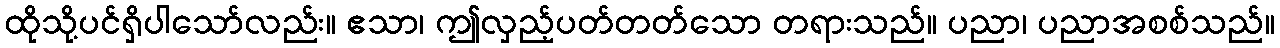
ထိုသို့ပင်ရှိပါသော်လည်း။ ဧသာ၊ ဤလှည့်ပတ်တတ်သော တရားသည်။ ပညာ၊ ပညာအစစ်သည်။